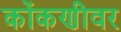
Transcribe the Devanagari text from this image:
कोंकणीवर